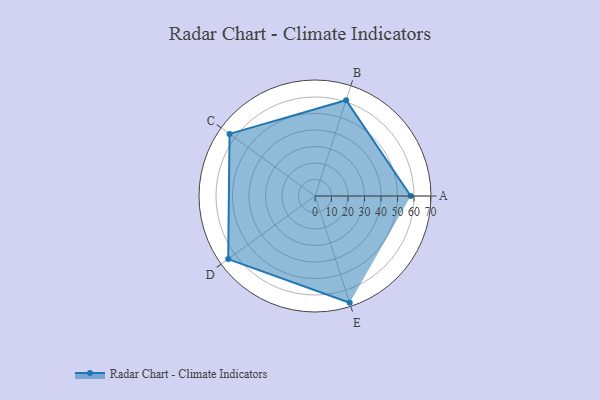
{"axis": {"x": "Skill", "y": "Score"}, "legend": ["Profile"], "data": [{"x": "A", "y": 58.0, "type": "Profile"}, {"x": "B", "y": 61.0, "type": "Profile"}, {"x": "C", "y": 64.0, "type": "Profile"}, {"x": "D", "y": 65.0, "type": "Profile"}, {"x": "E", "y": 68.0, "type": "Profile"}]}